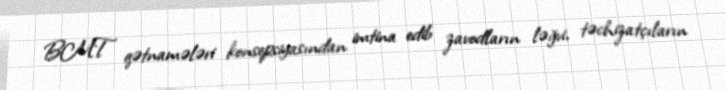
BMT qətnamələri konsepsiyasından imtina edib zavodların ləğvi, təchizatçıların